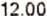
12.00